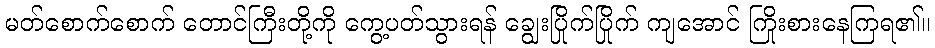
မတ်စောက်စောက် တောင်ကြီးတို့ကို ကွေ့ပတ်သွားရန် ချွေးပြိုက်ပြိုက် ကျအောင် ကြိုးစားနေကြရ၏။